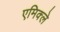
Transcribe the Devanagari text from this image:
एमिक्ले